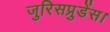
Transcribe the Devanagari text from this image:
जुरिसप्रुडेंस।